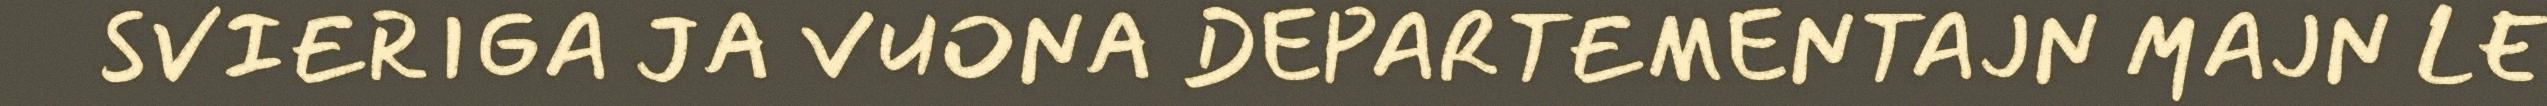
SVIERIGA JA VUONA DEPARTEMENTAJN MAJN LE